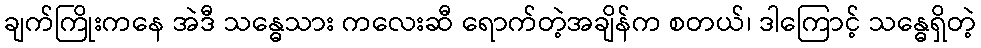
ချက်ကြိုးကနေ အဲဒီ သန္ဓေသား ကလေးဆီ ရောက်တဲ့အချိန်က စတယ်၊ ဒါကြောင့် သန္ဓေရှိတဲ့